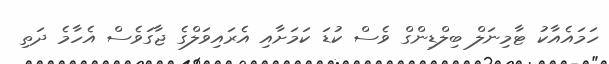
ހަމައެއާކު ޓާމިނަލް ބިލްޑިންގް ވެސް ކުޑަ ކަމަށާއި އެރައިވަލްގެ ޖާގަވެސް އެހާމެ ދަތި